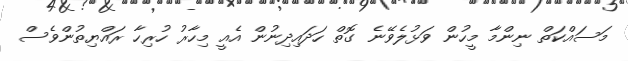
މަސައްކަތް ނިންމާ މީހުން ވަޅުލެވޭނެ ގޮތް ހަދައިދިނުން އެއީ މިހާރު ހުރިހާ ރައްޔިތުންވެސް